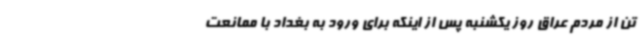
تن از مردم عراق روز یکشنبه پس از اینکه برای ورود به بغداد با ممانعت